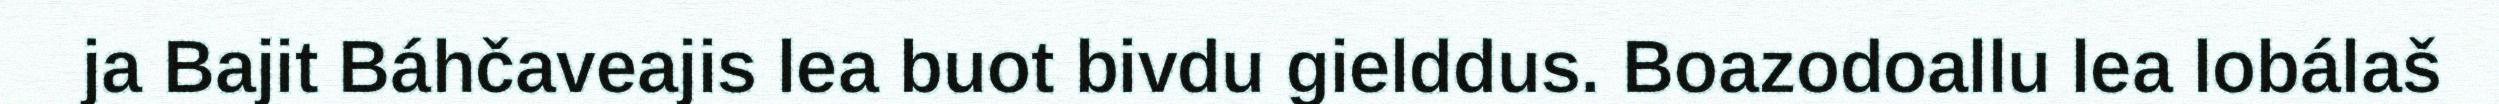
ja Bajit Báhčaveajis lea buot bivdu gielddus. Boazodoallu lea lobálaš